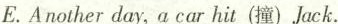
E. Another day, a car hit (撞)Jack.